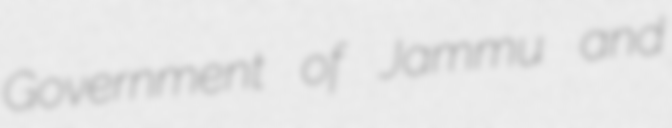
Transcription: Government of Jammu and